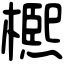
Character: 𣜠